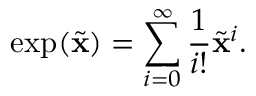
\exp ( \tilde { \mathbf { x } } ) = \sum _ { i = 0 } ^ { \infty } \frac { 1 } { i ! } \tilde { \mathbf { x } } ^ { i } .